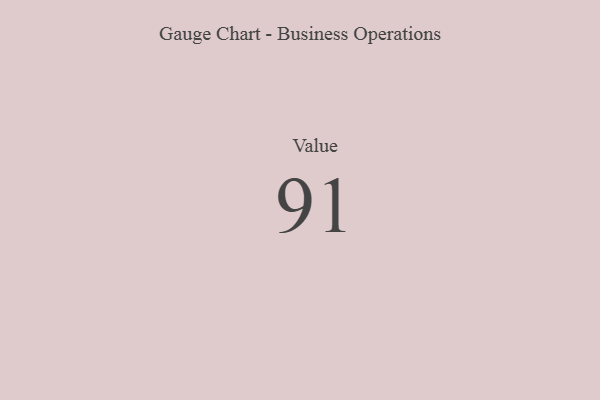
{"axis": {"x": "Metric", "y": "Value"}, "legend": [""], "data": [{"x": "Value", "y": 91, "type": ""}]}